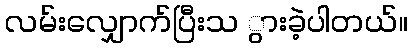
လမ်းလျှောက်ပြီးသ ွားခဲ့ပါတယ်။